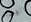
الغشاء